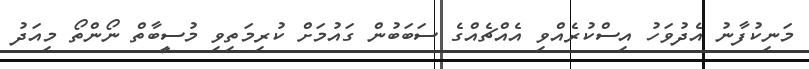
މަނިކުފާނު އެދުވަހު އިސްކުރެއްވި އެއްޗެއްގެ ސަބަބުން ގައުމަށް ކުރިމަތިވި މުސީބާތް ނޯންތޯ މިއަދު